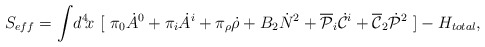
\begin{align*}S_{eff} = \int\!d^4\!x~[~\pi_0 \dot{A}^0 + \pi_i \dot{A}^i + \pi_\rho \dot{\rho} + B_2\dot{N}^2+ \overline{\cal P}_i\dot{\cal C}^i + \overline{\cal C}_2 \dot{\cal P}^2~ ] - H_{total},\end{align*}